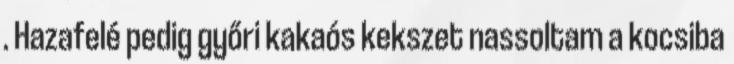
. Hazafelé pedig győri kakaós kekszet nassoltam a kocsiba